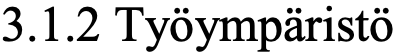
3.1.2 Työympäristö